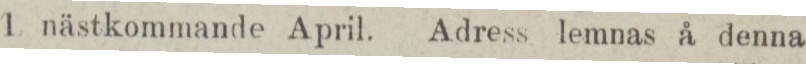
1 nästkommande April. Adress lemnas å denna